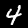
Label: 4